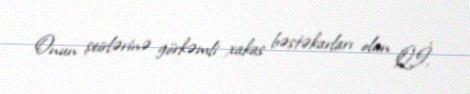
Onun şeirlərinə görkəmli xakas bəstəkarları olan Q.İ.